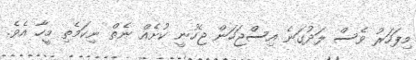
މިފަހަރު ވެސް ލަދުގަނެ އިސްޖަހަން ޖެހުނީ ކުށެއް ނެތް ނިކަމެތި މީހާ އެވެ.